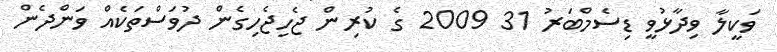
ވަކީލާ ވިދާޅުވީ ޑިސެމްބަރު 31 2009 ގެ ކުރިން ޖެހިޖެހިގެން ދުވަސްތަކެއް ވަންދެން